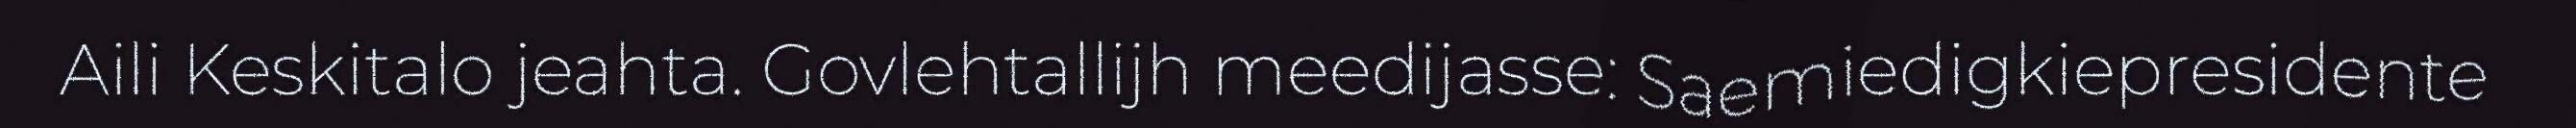
Aili Keskitalo jeahta. Govlehtallijh meedijasse: Saemiedigkiepresidente